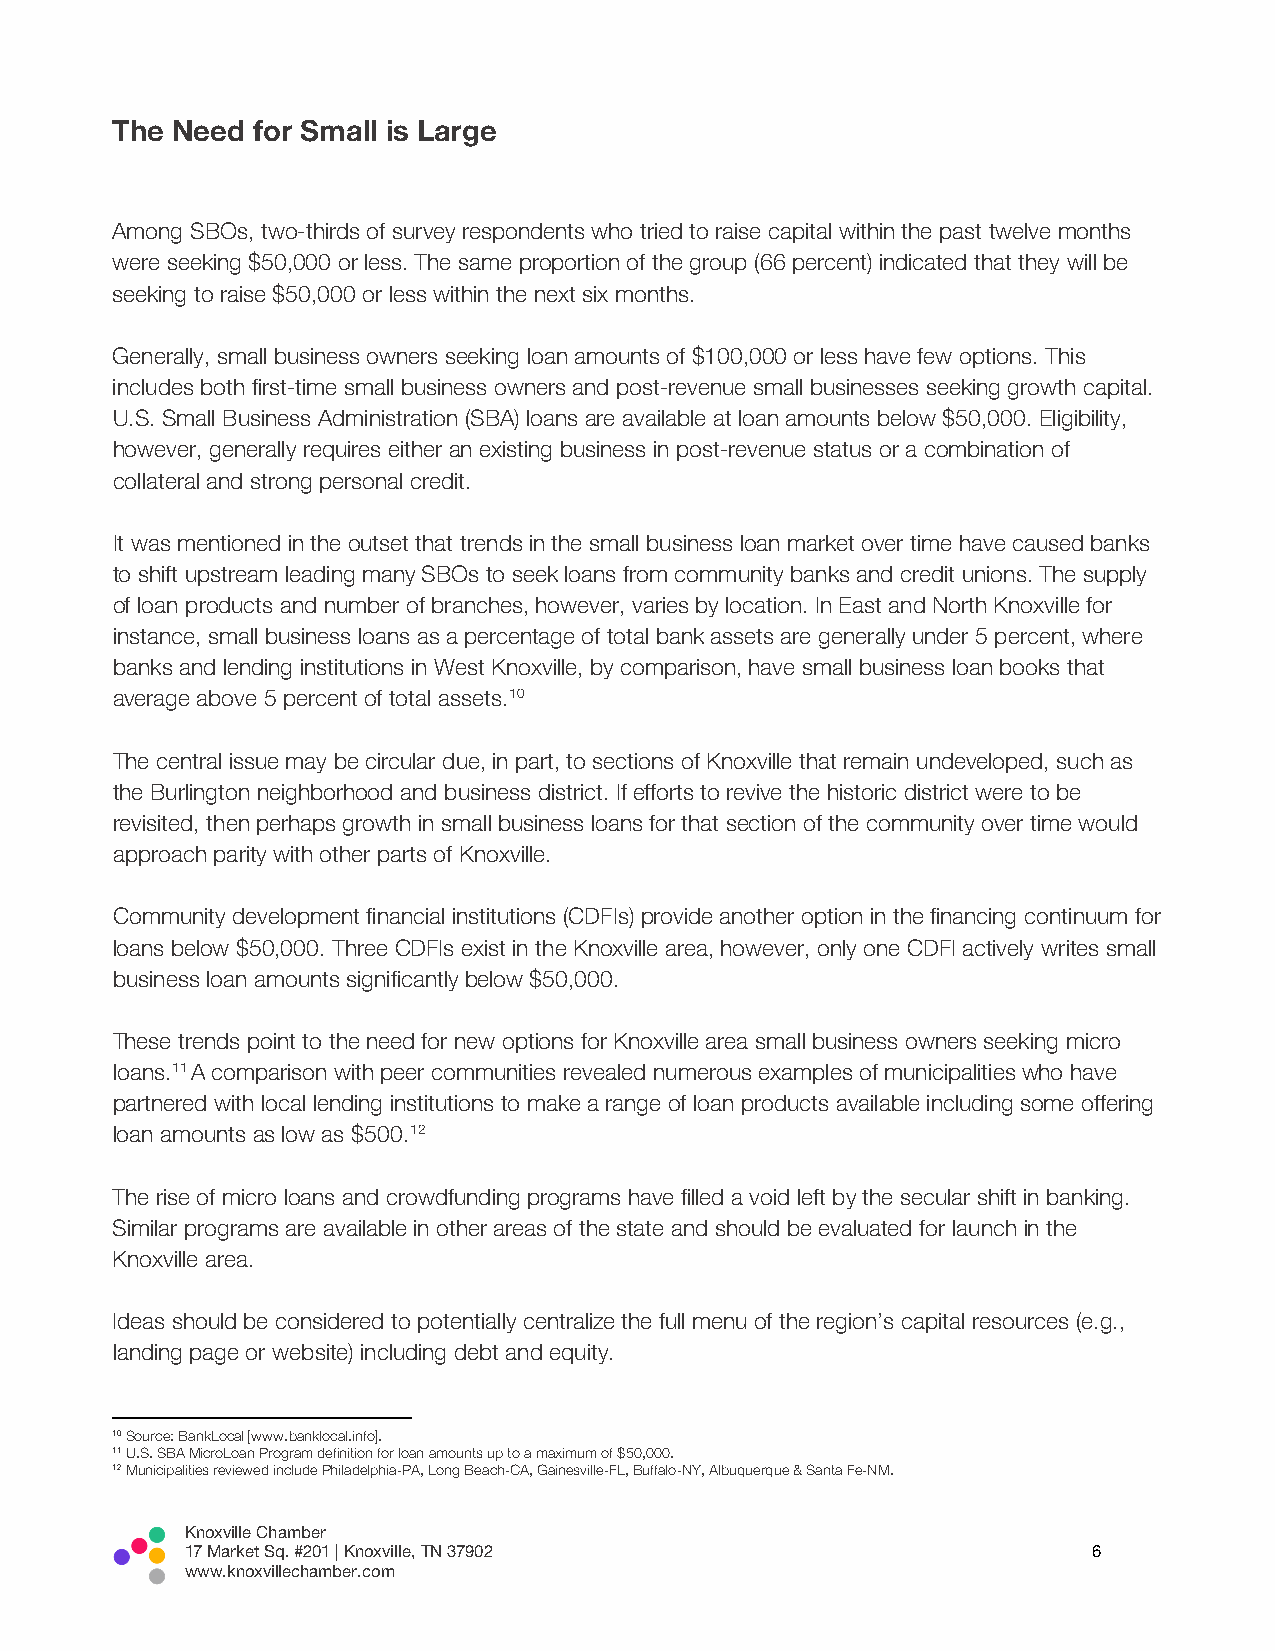
The Need  for Small is Large
 Among SBOs, two-thirds of survey respondents who tried to raise capital within the past twelve months
 were seeking $50,000 or less. The same proportion of the group (66 percent) indicated that they will be
 seeking to raise $50,000 or less within the next six months.
 Generally, small business owners seeking loan amounts of $100,000 or less have few options. This
 includes both first-time small business owners and post-revenue small businesses seeking growth capital.
 U.S. Small Business Administration (SBA) loans are available at loan amounts below $50,000. Eligibility,
 however, generally requires either an existing business in post-revenue status or a combination of
 collateral and strong personal credit.
 It was mentioned in the outset that trends in the small business loan market over time have caused banks
 to shift upstream leading many SBOs to seek loans from community banks and credit unions. The supply
 of loan products and number of branches, however, varies by location. In East and North Knoxville for
 instance, small business loans as a percentage of total bank assets are generally under 5 percent, where
 banks and lending institutions in West Knoxville, by comparison, have small business loan books that
 average above 5 percent of total assets.10
 The central issue may be circular due, in part, to sections of Knoxville that remain undeveloped, such as
 the Burlington neighborhood and business district. If efforts to revive the historic district were to be
 revisited, then perhaps growth in small business loans for that section of the community over time would
 approach parity with other parts of Knoxville.
 Community development financial institutions (CDFIs) provide another option in the financing continuum for
 loans below $50,000. Three CDFIs exist in the Knoxville area, however, only one CDFI actively writes small
 business loan amounts significantly below $50,000.
 These trends point to the need for new options for Knoxville area small business owners seeking micro
 loans.11 A comparison with peer communities revealed numerous examples of municipalities who have
 partnered with local lending institutions to make a range of loan products available including some offering
 loan amounts as low as $500.12
 The rise of micro loans and crowdfunding programs have filled a void left by the secular shift in banking.
 Similar programs are available in other areas of the state and should be evaluated for launch in the
 Knoxville area.
 Ideas should be considered to potentially centralize the full menu of the region’s capital resources (e.g.,
 landing page or website) including debt and equity.
 10 Source: BankLocal [www.banklocal.info].
 11 U.S. SBA MicroLoan Program definition for loan amounts up to a maximum of $50,000.
 12 Municipalities reviewed include Philadelphia-PA, Long Beach-CA, Gainesville-FL, Buffalo-NY, Albuquerque & Santa Fe-NM.
 Knoxville Chamber
 17 Market Sq. #201 | Knoxville, TN 37902                    6
 www.knoxvillechamber.com